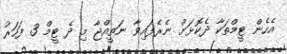
އެހެން ޓީމްތަކާ ދެކޮޅަށް ނެރެފައިވާ ނަތީއްޖާ މި ދެ ޓީމް 3 ފަހަރު